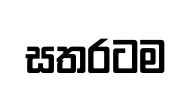
සතරටම